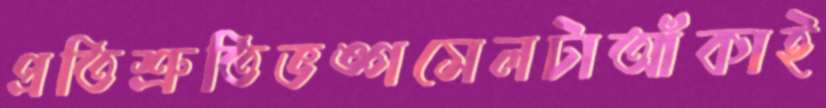
প্রতিশ্রুতিভঙ্গসেলটাআঁকাই